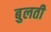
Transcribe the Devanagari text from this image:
बुलती